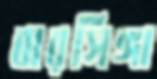
বারসিঙ্গা